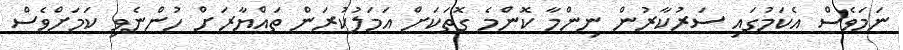
ނަމަވެސް އެކަމުގައި ސަރުކާރުން ނިންމާ ކޮންމެ ގޮތަކަށް އަމަލުކުރަން ތައްޔާރަށް ހުންނެވި ކަމަށްވެސް